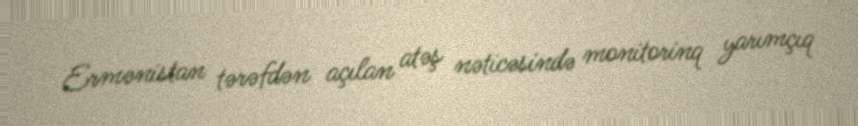
Ermənistan tərəfdən açılan atəş nəticəsində monitorinq yarımçıq